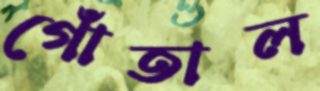
গোঁতাল